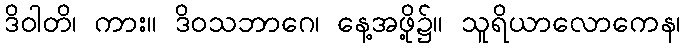
ဒိဝါတိ၊ ကား။ ဒိဝသဘာဂေ၊ နေ့အဖို့၌။ သူရိယာလောကေန၊